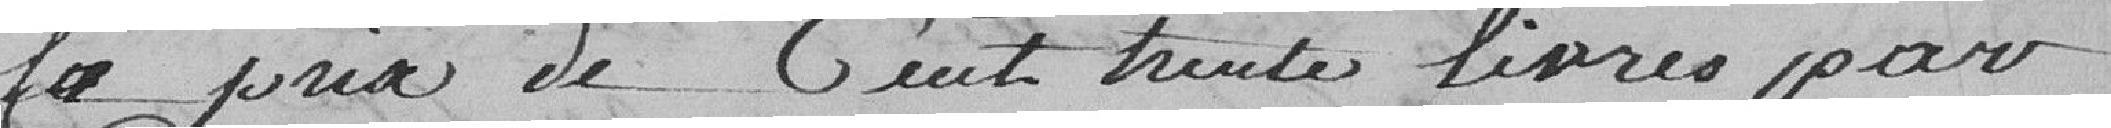
le prix de cent trente livres par